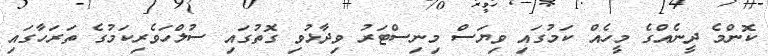
ކޮންމެ ދީނެއްގެ މީހެއް ކަމުގައި ވިޔަސް މިނިސްޓަރު ވިދާޅުވި ގޮތުގައި ސުލްހަވެރިކަމުގެ ތަރަހާގައި